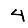
Digit: 4